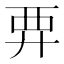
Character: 𧟥